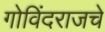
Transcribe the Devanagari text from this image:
गोविंदराजचे